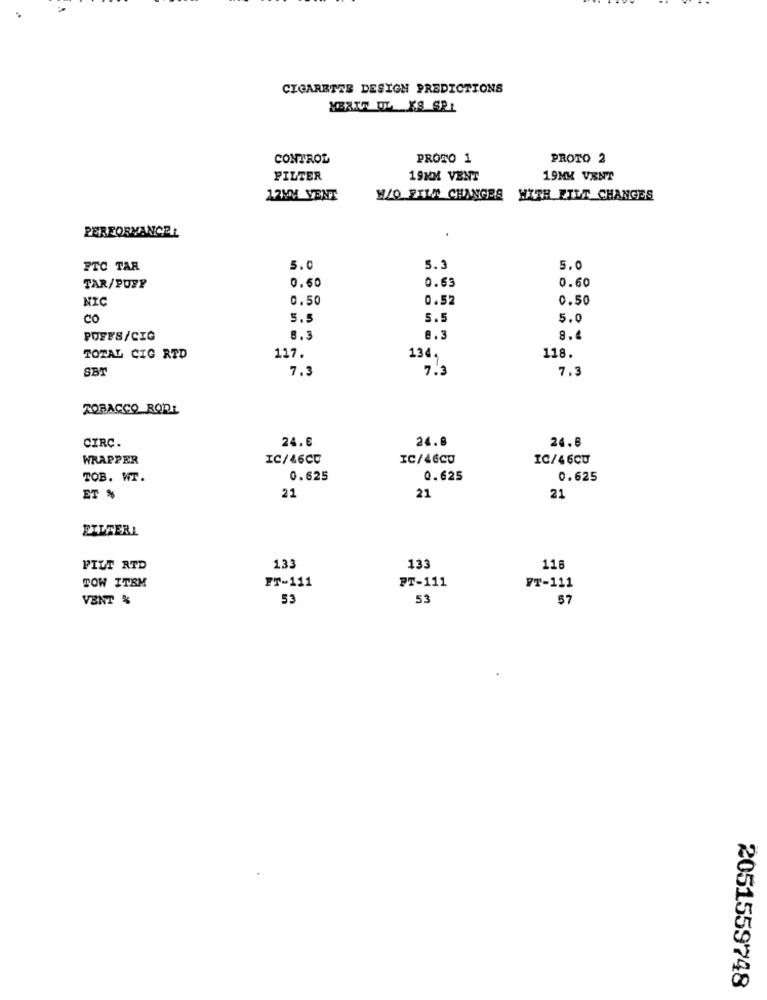
CIGARETTE DESIGN PREDICTIONS
CONTROL
PROTO 1
PROTO 2
FILTER
19NM VENT
19MM VENT
12MM VENT
W/O FILM CHANGES WITH EILT CHANGES
PERFORMANCEL
FTC TAR
5.0
5.3
5.0
0.63
0.60
TAR/PURP
0.60
NIC
0.50
0.52
0.50
CO
5.5
5.5
5.0
POFFS/CIG
8.3
8.3
8.
TOTAL CIG RTD
117.
134,
118.
SB
7.3
7.3
7.3
TOBACCO RODI
CIRC.
24.6
24.8
24.8
WRAPPER
IC/46CC
IC/46CO
IC/46CU
TOB. WT.
0.625
0.625
0.625
21
ET %
21
21
FILTERL
FILT RTD
133
133
116
TOW ITEM
FT-111
PT-111
FT-111
VENT %
53
53
57
2051559748